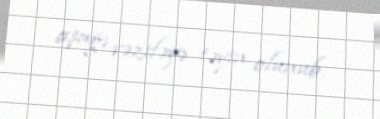
aşağı vəzifəyə təyin olunub.